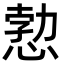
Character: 愂